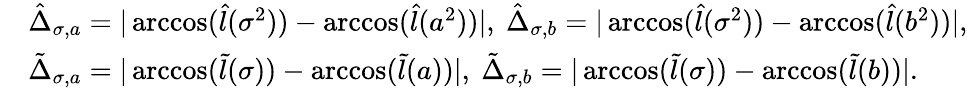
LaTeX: \begin{array}{rl}&{\hat{\Delta}_{\sigma,a}=|\operatorname{arccos}(\hat{l}(\sigma^{2}))-\operatorname{arccos}(\hat{l}(a^{2}))|,\ \hat{\Delta}_{\sigma,b}=|\operatorname{arccos}(\hat{l}(\sigma^{2}))-\operatorname{arccos}(\hat{l}(b^{2}))|,}\\ &{\tilde{\Delta}_{\sigma,a}=|\operatorname{arccos}(\tilde{l}(\sigma))-\operatorname{arccos}(\tilde{l}(a))|,\ \tilde{\Delta}_{\sigma,b}=|\operatorname{arccos}(\tilde{l}(\sigma))-\operatorname{arccos}(\tilde{l}(b))|.}\end{array}